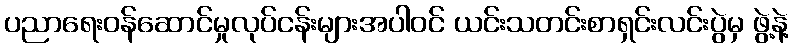
ပညာရေးဝန်ဆောင်မှုလုပ်ငန်းများအပါဝင် ယင်းသတင်းစာရှင်းလင်းပွဲမှ ဖွဲ့နဲ့